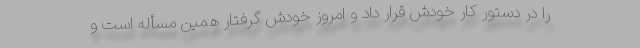
را در دستور کار خودش قرار داد و امروز خودش گرفتار همین مسأله است و